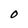
Character: O